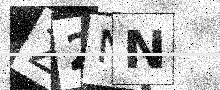
Text: Z2NN